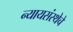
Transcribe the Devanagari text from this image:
न्यायसंस्थेचे